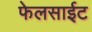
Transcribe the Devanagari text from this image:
फेलसाईट